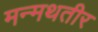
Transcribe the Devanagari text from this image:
मन्मथतीर